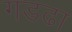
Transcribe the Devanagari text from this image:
गडढा